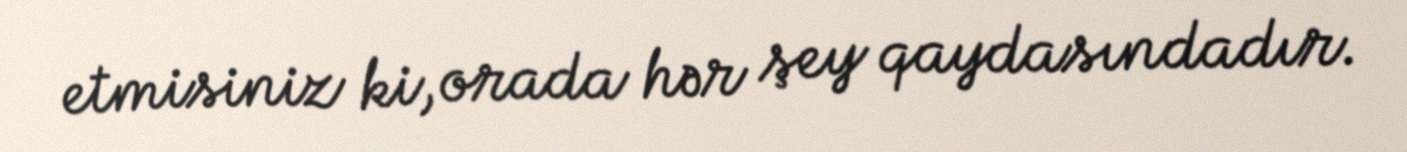
etmisiniz ki, orada hər şey qaydasındadır.